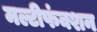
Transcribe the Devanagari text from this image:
मल्टीफंक्शन